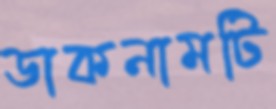
ডাকনামটি